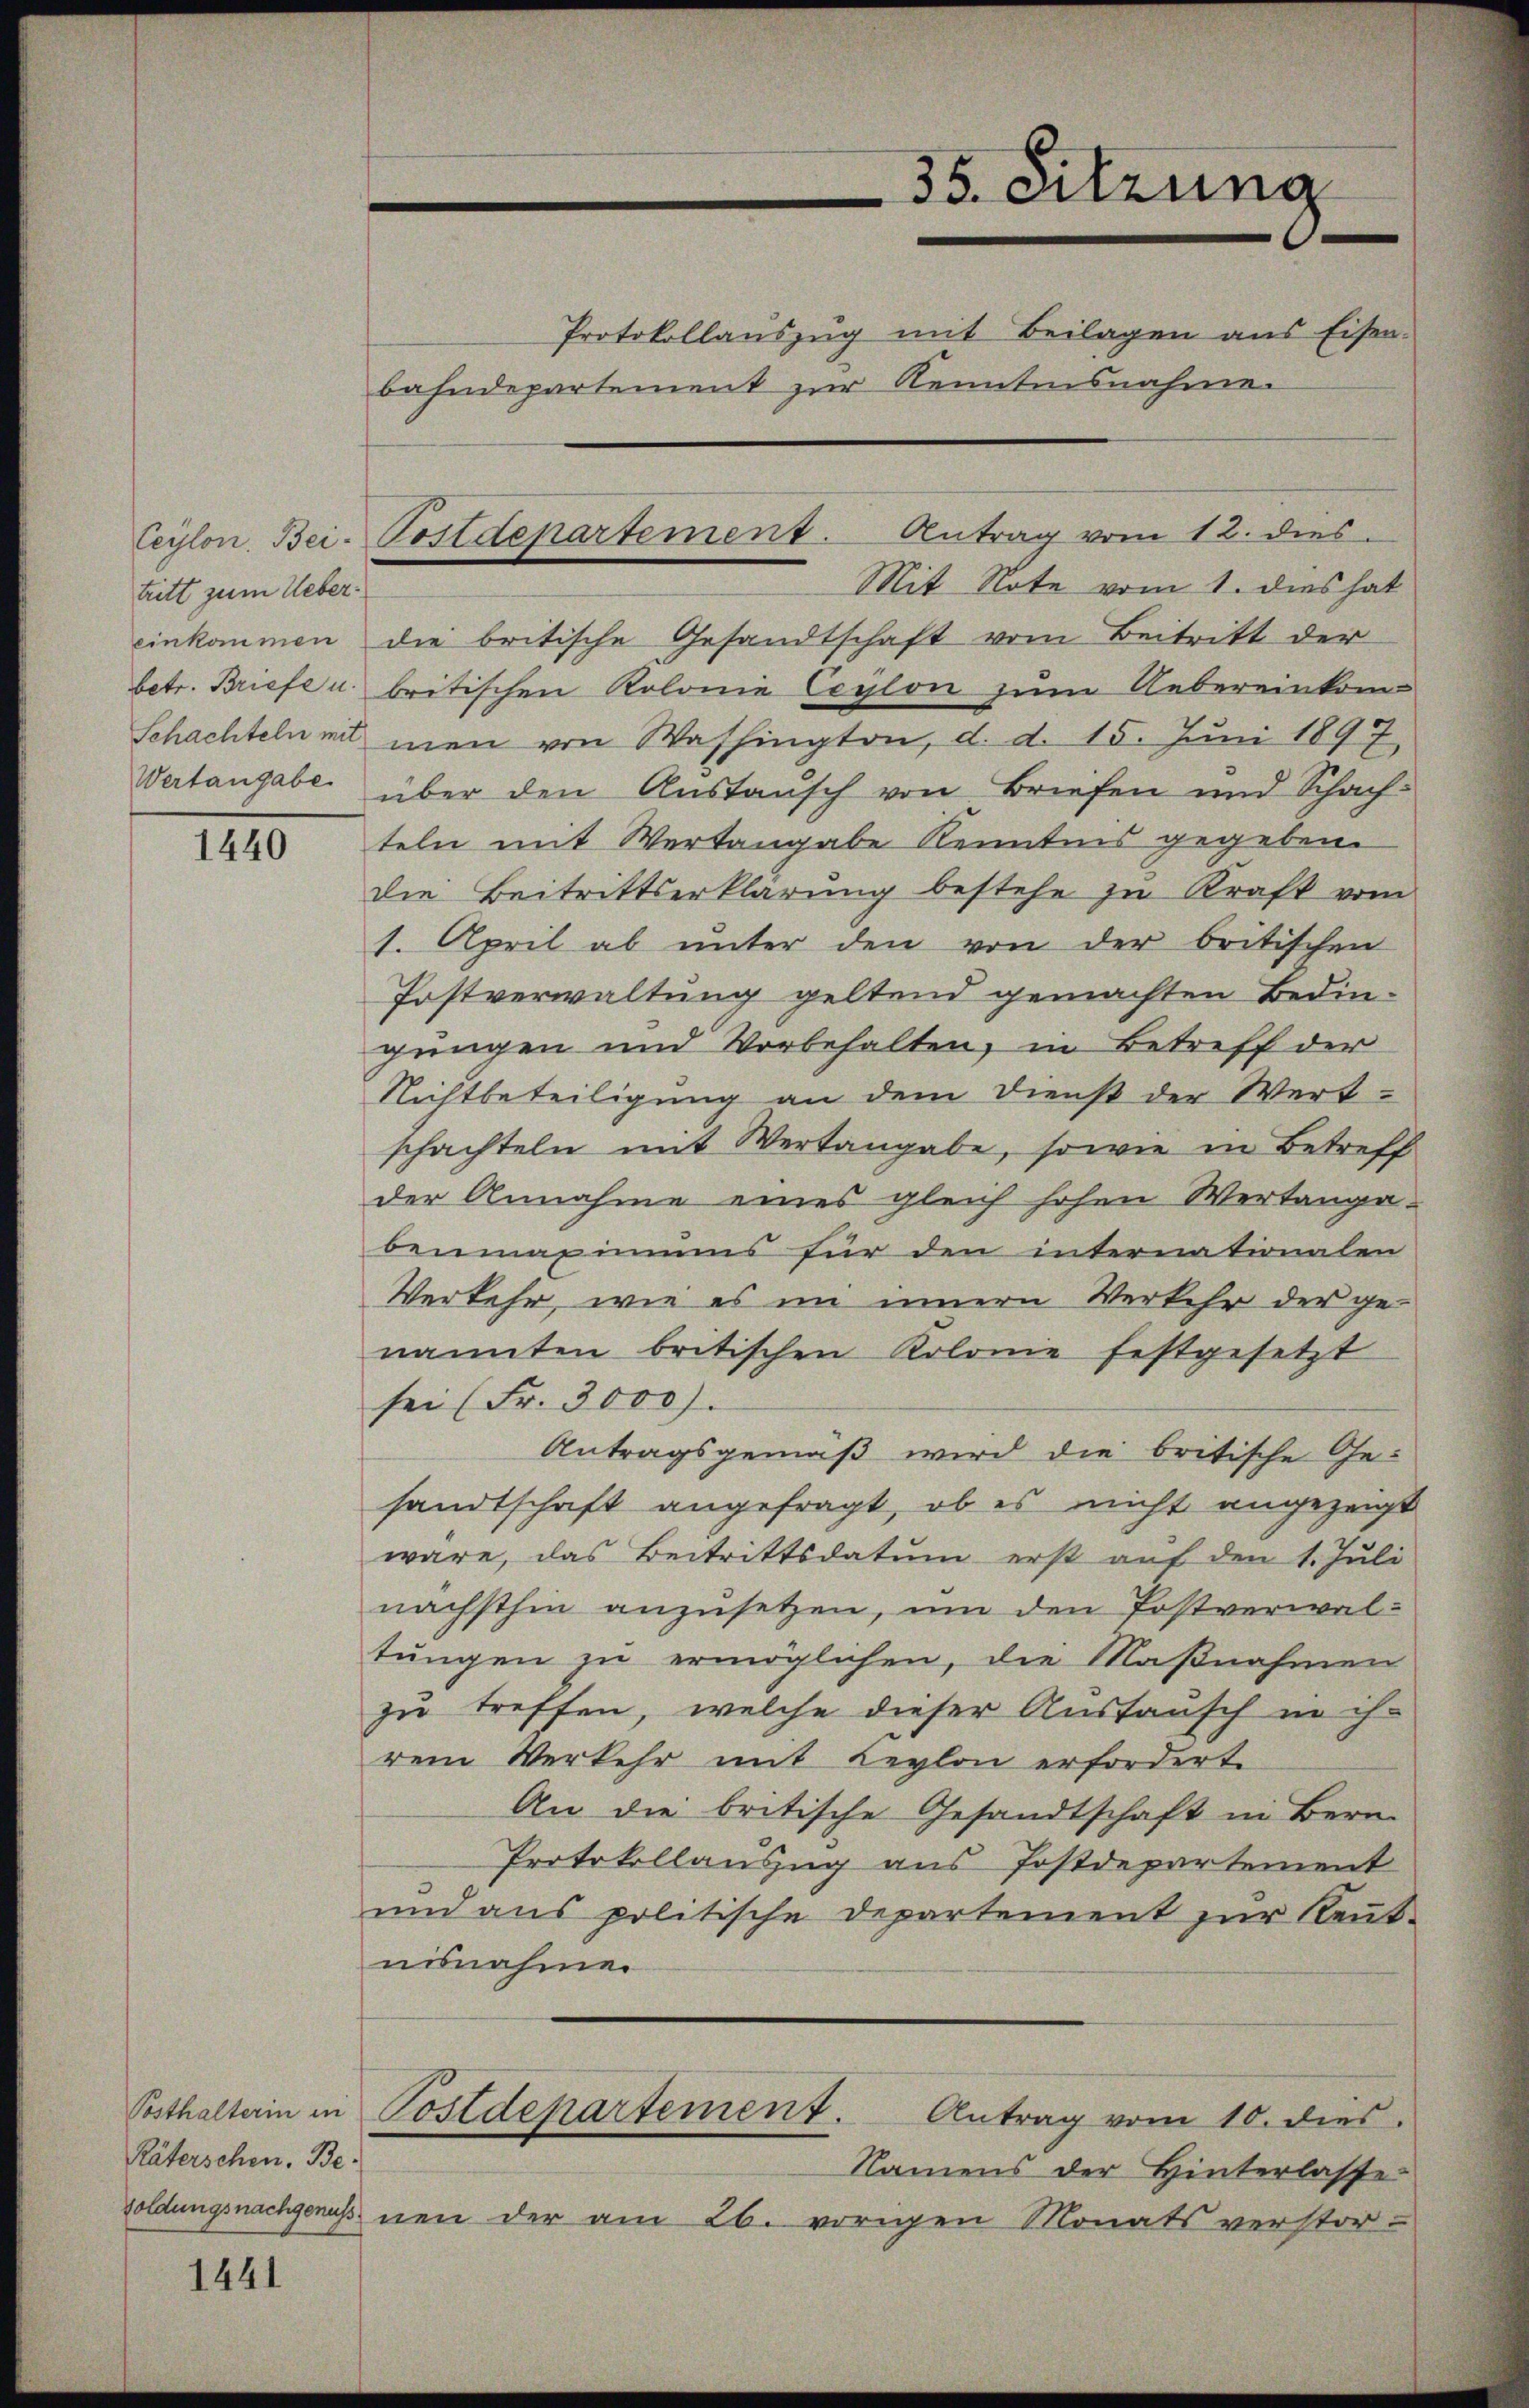
tritt zum Ueber¬

1440

Posthalterin in
Räterschen. Be-

1441

Mit Note vom 1. dies hat
einkommen die britische Gesandtschaft vom Beitritt der
betr. Briefe u. britischen Kolonie Ceylon zum Uebereinkom¬
Schachteln mit man von Washington, d. d. 15. Juni 1897.
Wertangabe über den Austausch von Briefen und Schachteln mit Wertangabe Kenntnis gegeben.
die Beitrittserklärung bestehe zu Kraft vom
1. April ab unter den von der britischen
Postverwaltung geltend gemachten Bedingungen und Vorbehalten, in Betreff der
Nichtbeteiligung an dem Dienst der Wert-
schachteln mit Wertangabe, sowie in Betreff
der Annahme eines gleich hohen Wertanga-
benmaximums für den internationalen
Verkehr, wie es im innern Verkehr der genannten britischen Kolonie festgesetzt
sei (Fr. 3000).
Antragsgemäß wird die britische Gesandtschaft angefragt, ob es nicht angezeigt
wäre, das Beitrittsdatum erst auf den 1. Jŭli
nächsthin anzusetzen, um den Postverwaltungen zu ermöglichen, die Maßnahmen
zu treffen, welche dieser Austausch in ih-
rem Verkehr mit Leylon erforderte
An die britische Gesandtschaft in Bern
Protokollauszug aus Postdepartement
und ans politische Departement zur Keṅt-
nisnahme.
Postdepartement. Antrag vom 10. dies
Namens der Hinterlasse
soldungsnachgenuss nen der am 26. vorigen Monatsverstor-

Ceylon Bei-Postdepartement. Antrag vom 12. dies

35. Sitzung
Protokollanszug mit Beilagen aus Eisen-
bahndepartement zur Kenntnisnahme.